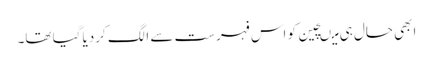
ابھی حال ہی میںچین کو اس فہرست سے الگ کردیا گیا تھا۔